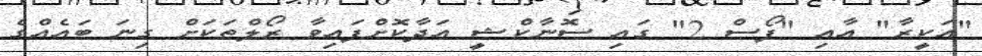
"އަކީރާ" އާއި "ފޯސް 2" ގައި ސޮނާކްޝީ އަދާކޮށްފައިވާ ރޯލްތަކަށް ގިނަ ބައެއްގެ